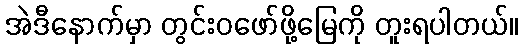
အဲဒီနောက်မှာ တွင်းဝဖော်ဖို့မြေကို တူးရပါတယ်။